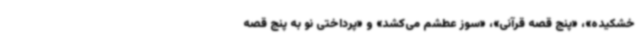
خشکیده»، «پنج قصه قرآنی»، «سوز عطشم می‌کشد» و «پرداختی نو به پنج قصه